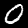
Label: 0